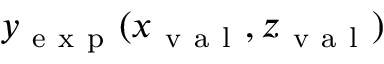
y _ { \mathrm { ~ e ~ x ~ p ~ } } ( x _ { \mathrm { ~ v ~ a ~ l ~ } } , z _ { \mathrm { ~ v ~ a ~ l ~ } } )